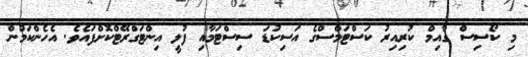
މި ކޯސިސް ގާއިމް ކުރިއިރު ކަސްޓަމްސްގެ އަސިކުޑަ ސިސްޓަމާއި ފުލީ އިންޓަގްރޭޓްކޮށްފައެވެ. އެހެންކަމުން